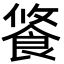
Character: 𩛢